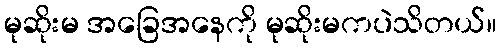
မုဆိုးမ အခြေအနေကို မုဆိုးမကပဲသိတယ်။